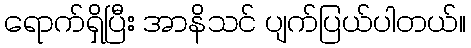
ရောက်ရှိပြီး အာနိသင် ပျက်ပြယ်ပါတယ်။